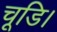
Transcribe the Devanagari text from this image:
चूडि।